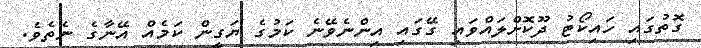
ގޮތުގައި ހައިކޯޓު ދޫކޮށްލައްވައި ގޭގައި އިންނެވޭނެ ކަމުގެ ޔަގީން ކަމެއް އޭނާގެ ނެތެވެ.